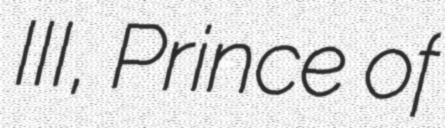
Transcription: III, Prince of